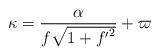
LaTeX: \begin{align*}\kappa =\frac{\alpha}{f\sqrt{1+{f'}^2}}+\varpi\end{align*}